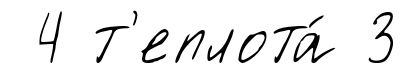
4 т'еплота́ 3